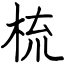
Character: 梳